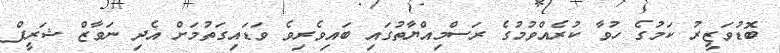
ބޮޑުވަޒީރު ކަމުގެ ހުވާ ކުރެއްވުމުގެ ރަސްމިއްޔާތުގައި ބައިވެރިވެ ވަޑައިގަތުމަށް އެދި ނަވާޒް ޝަރީފް